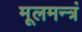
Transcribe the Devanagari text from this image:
मूलमन्त्रं